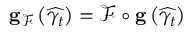
\mathbf { g } _ { \mathcal { F } } \left( \widehat { \gamma _ { t } } \right) = \mathcal { F } \circ \mathbf { g } \left( \widehat { \gamma _ { t } } \right)